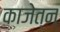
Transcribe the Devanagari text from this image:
काजेत्न